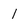
Character: l